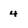
Character: 4